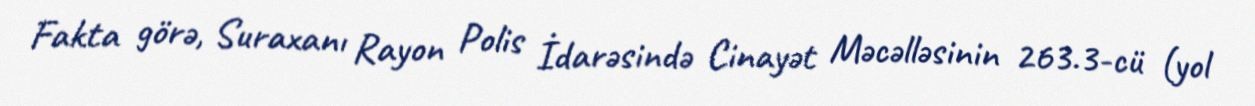
Fakta görə, Suraxanı Rayon Polis İdarəsində Cinayət Məcəlləsinin 263.3-cü (yol